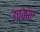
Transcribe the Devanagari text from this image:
उचकाए